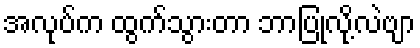
အလုပ်က ထွက်သွားတာ ဘာပြုလို့လဲဗျာ